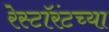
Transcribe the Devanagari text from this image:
रेस्टॉरंटच्या